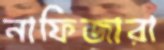
নাফিজারা